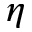
\eta